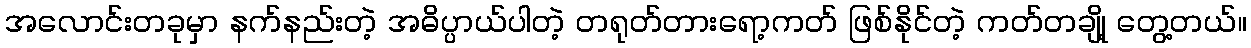
အလောင်းတခုမှာ နက်နည်းတဲ့ အဓိပ္ပာယ်ပါတဲ့ တရုတ်တားရော့ကတ် ဖြစ်နိုင်တဲ့ ကတ်တချို့ တွေ့တယ်။